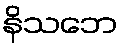
နိသဘေ